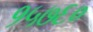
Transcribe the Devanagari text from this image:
१५७६०